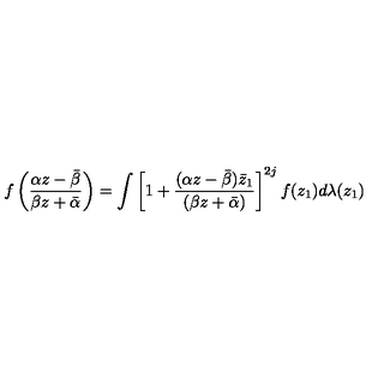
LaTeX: f \left( \frac { \alpha z - \bar { \beta } } { \beta z + \bar { \alpha } } \right) = \int \left[ 1 + \frac { ( \alpha z - \bar { \beta } ) \bar { z } _ { 1 } } { ( \beta z + \bar { \alpha } ) } \right] ^ { 2 j } f ( z _ { 1 } ) d \lambda ( z _ { 1 } )